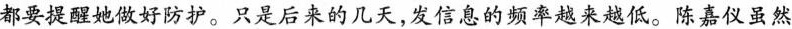
都要提醒她做好防护。只是后来的凡天，发息的频率越来越低。陈嘉虽然